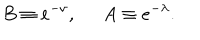
B \equiv e ^ { - \nu } , \hspace { 1 . 4 e m } A \equiv e ^ { - \lambda } .